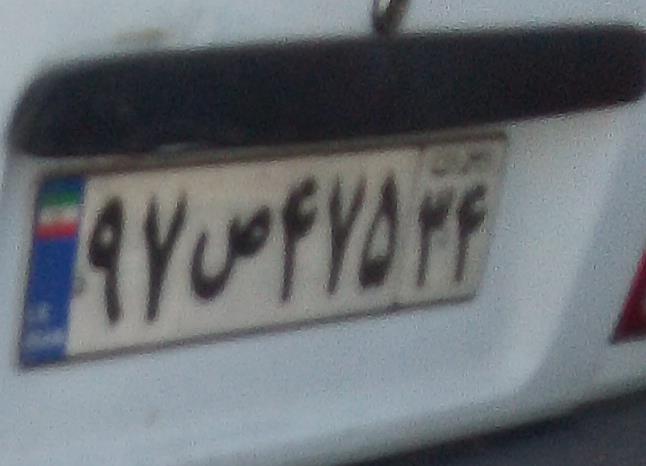
۹۷ص۴۷۵۳۴